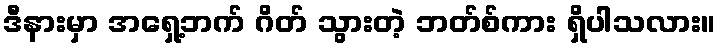
ဒီနားမှာ အရှေ့ဘက် ဂိတ် သွားတဲ့ ဘတ်စ်ကား ရှိပါသလား။